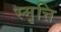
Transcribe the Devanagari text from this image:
स्मृत्ति